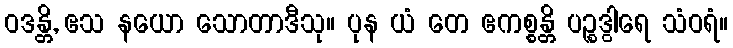
ဝဒန္တိ, ဧသ နယော သောတာဒီသု။ ပုန ယံ တေ ဧကစ္စန္တိ ပဉ္စဒွါရေ သံဝရံ။